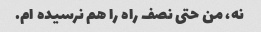
نه، من حتی نصف راه را هم نرسیده ام.